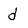
Character: d